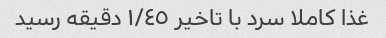
غذا کاملا سرد با تاخیر ١/٤٥ دقیقه رسید